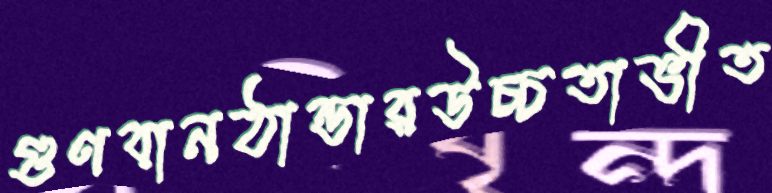
গুণবানঠান্ডারউচ্চতাভীত